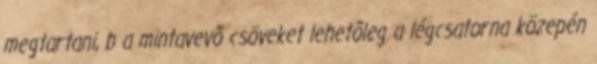
megtartani, b a mintavevõ csöveket lehetõleg a légcsatorna közepén